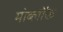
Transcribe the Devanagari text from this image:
मोब्लॉक